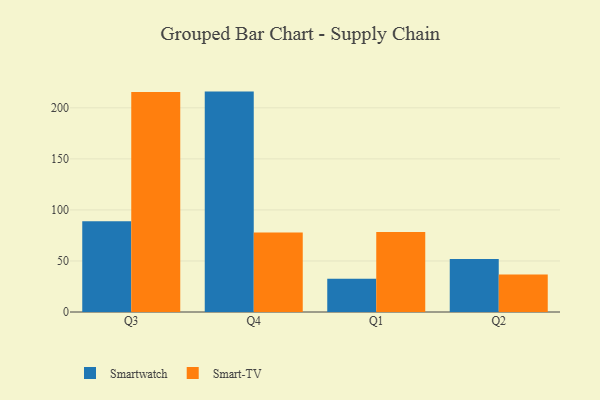
{"axis": {"x": "Quarter", "y": "Page Views"}, "legend": ["Smart-TV", "Smartwatch"], "data": [{"x": "Q3", "y": 88.9, "type": "Smartwatch"}, {"x": "Q3", "y": 215.6, "type": "Smart-TV"}, {"x": "Q4", "y": 215.9, "type": "Smartwatch"}, {"x": "Q4", "y": 77.9, "type": "Smart-TV"}, {"x": "Q1", "y": 32.6, "type": "Smartwatch"}, {"x": "Q1", "y": 78.3, "type": "Smart-TV"}, {"x": "Q2", "y": 51.9, "type": "Smartwatch"}, {"x": "Q2", "y": 36.7, "type": "Smart-TV"}]}